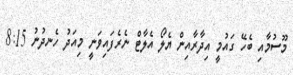
މޫސުމާއި ބެހޭ ގައުމީ އިދާރާއިން ޔެލޯ އެލާޓް ނެރެފައިވަނީ މިއަދު ހެނދުނު 8:15